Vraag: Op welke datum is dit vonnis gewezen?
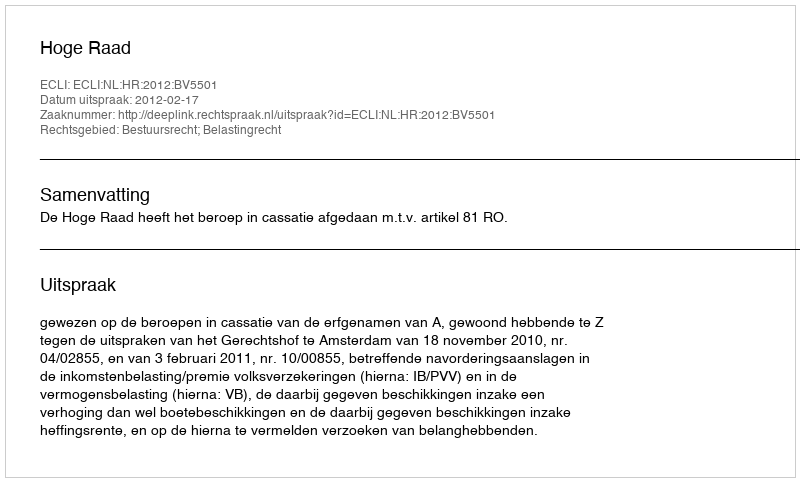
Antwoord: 2012-02-17